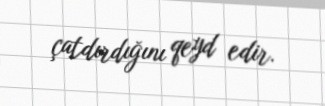
çatdırdığını qeyd edir.